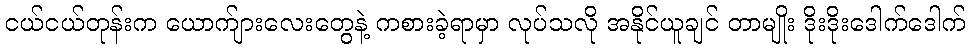
ငယ်ငယ်တုန်းက ယောက်ျားလေးတွေနဲ့ ကစားခဲ့ရာမှာ လုပ်သလို အနိုင်ယူချင် တာမျိုး ဒိုးဒိုးဒေါက်ဒေါက်